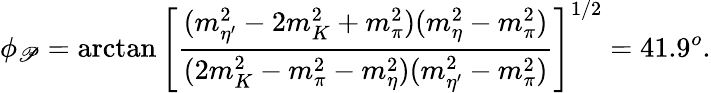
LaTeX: \phi_{\mathscr{P}}=\arctan\left[\frac{{(m_{\eta^{\prime}}^{2}-2m_{K}^{2}+m_{\pi}^{2})(m_{\eta}^{2}-m_{\pi}^{2})}}{{(2m_{K}^{2}-m_{\pi}^{2}-m_{\eta}^{2})(m_{\eta^{\prime}}^{2}-m_{\pi}^{2})}}\right]^{1/2}=41.9^{o}.